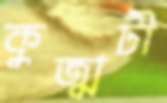
কুজ্ঝটী